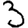
Digit: 3